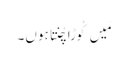
مَیں کُوڑا چُنتا ہوں۔